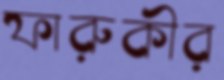
ফারুকীর